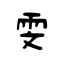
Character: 雯